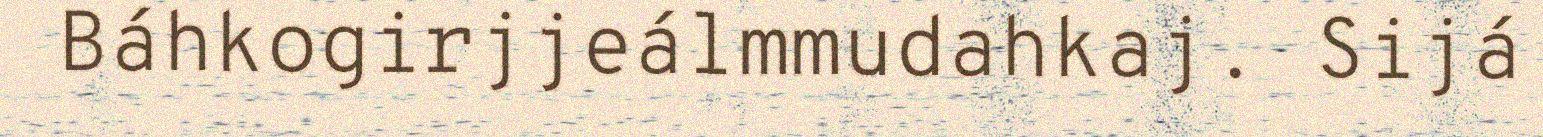
Báhkogirjjeálmmudahkaj. Sijá